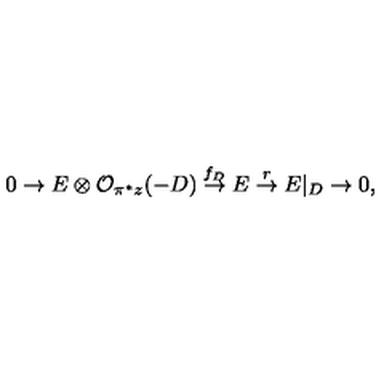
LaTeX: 0 \rightarrow E \otimes { \cal O } _ { \pi ^ { * } z } ( - D ) \stackrel { f _ { D } } { \rightarrow } E \stackrel { r } { \rightarrow } E | _ { D } \rightarrow 0 ,